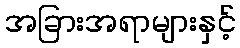
အခြားအရာများနှင့်